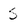
Character: S